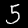
Digit: 5